Insane asylums in Bengal annual reports 1876-1887 - 1876-1887
Year: 1876
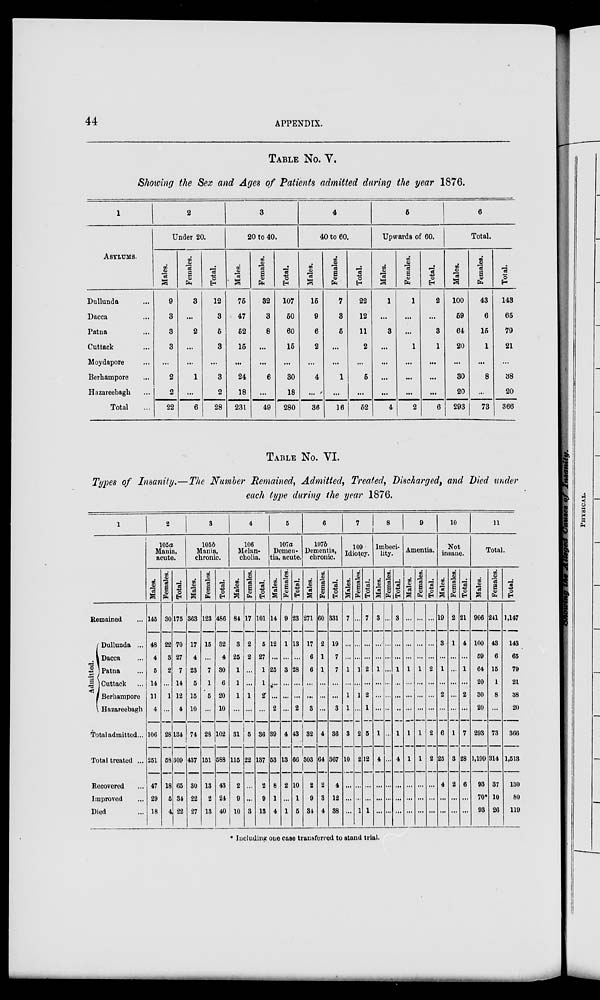
44
APPENDIX.
TABLE NO. V.
Showing the Sex and Ages of Patients admitted during the year 1876.
1
ASYLUMS.
Dullunda ...
Dacca ...
Patna ...
Cuttack ...
Moydapore ...
Berhampore ...
Hazareebagh ...
Total ...
2
Under 20.
Males.
9
3
3
3
...
2
2
22
Females.
3
...
2
...
...
1
...
6
Total.
12
3
5
3
...
3
2
28
3
20 to 40.
Males.
75
47
52
15
...
24
18
231
Females.
32
3
8
...
...
6
...
49
Total.
107
50
60
15
...
30
18
280
4
40 to 60.
Males.
15
9
6
2
...
4
...
36
Females.
7
3
5
...
...
1
...
16
Total.
22
12
11
2
...
5
...
52
5
Upwards of 60.
Males.
1
...
3
...
...
...
...
4
Females.
1
...
...
1
...
...
...
2
Total.
2
...
3
1
...
...
...
6
6
Total.
Males.
100
59
64
20
...
30
20
293
Females.
43
6
15
1
...
8
...
73
Total.
143
65
79
21
...
38
20
366
TABLE NO. VI.
Types of Insanity.—The Number Remained, Admitted, Treated, Discharged, and Died under
each type during the year 1876.
1
Remained
Admitted.
Dullunda ...
Dacca ...
Patna ...
Cuttack ...
Berhampore
Hazareebagh
Total admitted...
Total treated ...
Recovered ...
Improved ...
Died ...
2
105a
Mania,
acute.
Males.
145
48
4
5
14
11
4
106
251
47
29
18
Females.
30
22
3
2
...
1
...
28
58
18
5
4
Total.
175
70
27
7
14
12
4
134
309
65
34
22
3
1056
Mania,
chronic.
Males.
363
17
4
23
5
15
10
74
437
30
22
27
Females.
123
15
...
7
1
5
...
28
151
13
2
13
Total.
486
32
4
30
6
20
10
102
588
43
24
40
4
106
Melan-
cholia.
Males.
84
3
25
1
1
1
...
31
115
2
9
10
Females.
17
2
2
...
...
1
...
5
22
...
...
3
Total.
101
5
27
1
1
2
...
36
137
2
9
13
5
107a
Demen-
tia, acute.
Males.
14
12
...
25
...
...
2
39
53
8
1
4
Females.
9
1
...
3
...
...
...
4
13
2
...
1
Total.
23
13
...
28
...
...
2
43
66
10
1
5
6
107b
Dementia,
chronic.
Males.
271
17
6
6
...
...
3
32
303
2
9
34
Females.
60
2
1
1
...
...
...
4
64
2
3
4
Total.
331
19
7
7
...
...
3
36
367
4
12
38
7
109
Idiotcy.
Males.
7
...
...
1
...
1
1
3
10
...
...
...
Females.
...
...
...
1
...
1
...
2
2
...
...
1
Total.
7
...
...
2
...
2
1
5
12
...
...
1
8
Imbeci-
lity.
Males.
3
...
...
1
...
...
...
1
4
...
...
...
Females.
...
...
...
...
...
...
...
...
...
...
...
...
Total.
3
...
...
1
...
...
...
1
4
...
...
...
9
Amentia.
Males.
...
...
...
1
...
...
...
1
1
...
...
...
Females.
...
...
...
1
...
...
...
1
1
...
...
...
Total.
...
...
...
2
...
...
...
2
2
...
...
...
10
Not
insane.
Males.
19
3
...
1
...
2
...
6
25
4
...
...
Females.
2
1
...
...
...
...
1
3
2
...
...
Total.
21
4
...
1
...
2
...
7
28
6
...
...
11
Total.
Males.
906
100
59
64
20
30
20
293
1,109
93
70*
93
Females.
241
43
6
15
1
8
...
73
314
37
10
26
Total.
1,147
143
65
79
21
38
20
366
1,513
130
80
119
* Including one case transferred to stand trial.